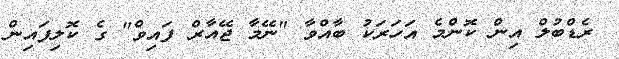
ރެޑްބުލް އިން ކޮންމެ އަހަރަކު ބާއްވާ "ނޭމާ ޖޭއާރް ފައިވް" ގެ ކޮލިފައިން